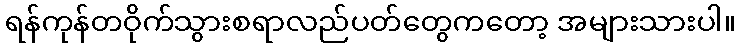
ရန်ကုန်တဝိုက်သွားစရာလည်ပတ်တွေကတော့ အများသားပါ။